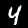
Digit: 4